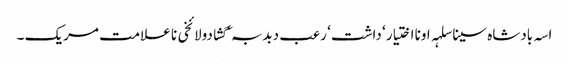
اسہ بادشاہ سینا سلہہ اونا اختیار ‘ داشت ‘ رعب دبدبہ ‘ گشادولائخی نا علامت مریک ۔